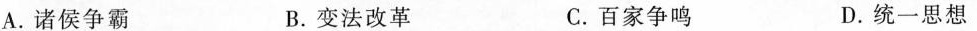
A.诸侯争霸 B.变法改革 C.百家争鸣 D.统一思想